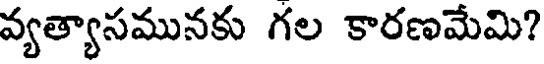
వ్యత్యాసమునకు గల కారణమేమి?